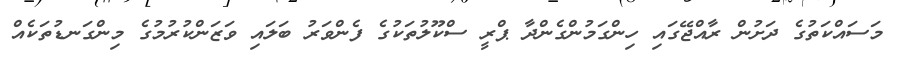
މަސައްކަތުގެ ދަށުން ރާއްޖޭގައި ހިންގަމުންގެންދާ ޕްރީ ސްކޫލުތަކުގެ ފެންވަރު ބަލައި ވަޒަންކުރުމުގެ މިންގަނޑުތަކެއް